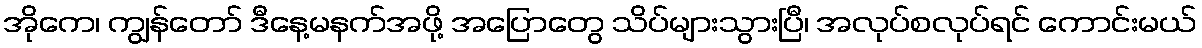
အိုကေ၊ ကျွန်တော် ဒီနေ့မနက်အဖို့ အပြောတွေ သိပ်များသွားပြီ၊ အလုပ်စလုပ်ရင် ကောင်းမယ်